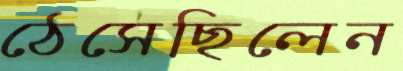
ঠেসেছিলেন